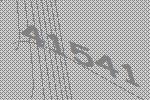
41541